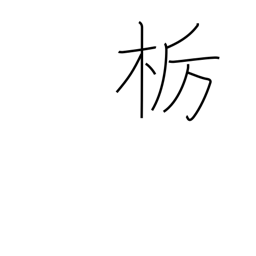
Meaning: horse chestnut